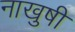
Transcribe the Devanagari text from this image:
नाखुषी